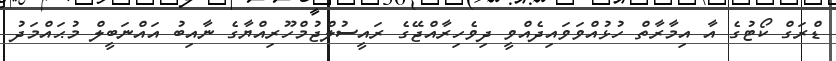
ޑްރަގް ކޯޓުގެ އާ އިމާރާތް ހުޅުއްވަވައިދެއްވީ ދިވެހިރާއްޖޭގެ ރައީސުލްޖުމްހޫރިއްޔާގެ ނާއިބު އައްނަބީލް މުޙައްމަދު